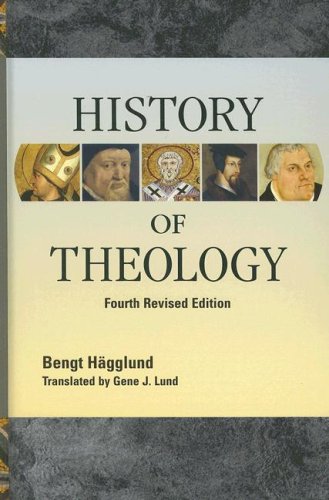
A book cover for History of Theology; Bengt HÃ¤gglund; Christian Books & Bibles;